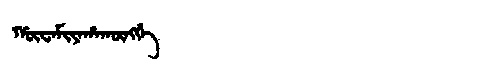
Manchu: ᡥᡡᠸᠠᠮᡳᠶᠠᡥᠠᡴᡡᠩᡤᡝ
Romanization: HŪWAMIYAHAKŪNGGE